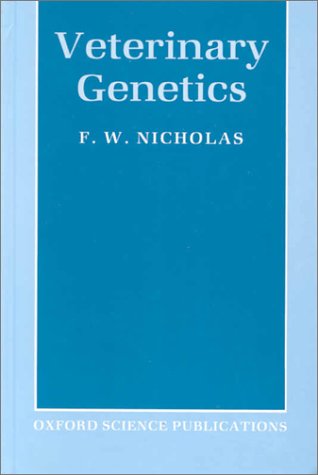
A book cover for Veterinary Genetics; Frank W. Nicholas; Medical Books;